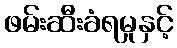
ဖမ်းဆီးခံရမှုနှင့်